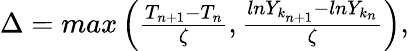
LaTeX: \begin{array}{r}{\Delta=max\left(\frac{T_{n+1}-T_{n}}{\zeta},\frac{lnY_{k_{n+1}}-lnY_{k_{n}}}{\zeta}\right),}\end{array}